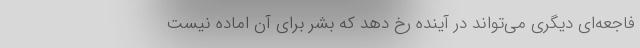
فاجعه‌ای دیگری می‌تواند در آینده رخ دهد که بشر برای آن اماده نیست